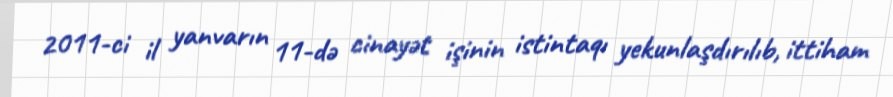
2011-ci il yanvarın 11-də cinayət işinin istintaqı yekunlaşdırılıb, ittiham